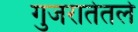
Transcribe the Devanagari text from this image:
गुजरातेतले